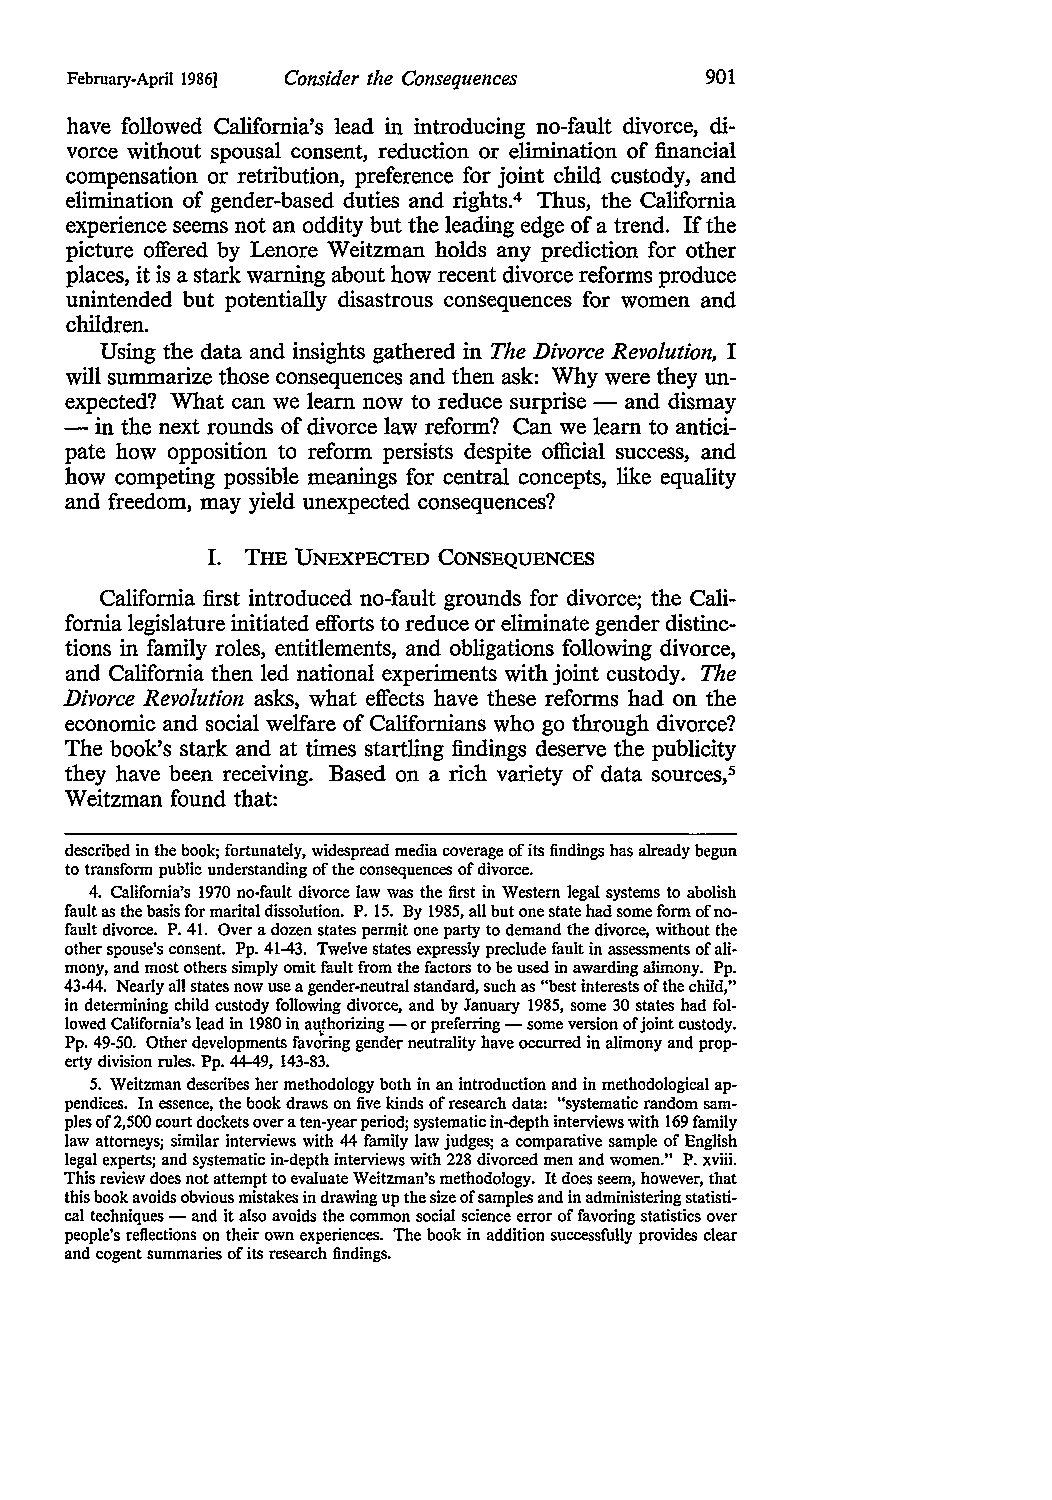
February-April 1986] Consider the Consequences 901
 have followed California's lead in introducing no-fault divorce, di
 vorce without spousal consent, reduction or elimination of financial
 compensation or retribution, preference for joint child custody, and
 elimination of gender-based duties and rights.4 Thus, the California
 experience seems not an oddity but the leading edge of a trend. If the
 picture offered by Lenore Weitzman holds any prediction for other
 places, it is a stark warning about how recent divorce reforms produce
 unintended but potentially disastrous consequences for women and
 children.
 Using the data and insights gathered in The Divorce Revolution, I
 will summarize those consequences and then ask: Why were they un
 expected? What can we learn now to reduce surprise - and dismay
 - in the next rounds of divorce law reform? Can we learn to antici
 pate how opposition to reform persists despite official success, and
 how competing possible meanings for central concepts, like equality
 and freedom, may yield unexpected consequences?
 I. THE UNEXPECTED CONSEQUENCES
 California first introduced no-fault grounds for divorce; the Cali
 fornia legislature initiated efforts to reduce or eliminate gender distinc
 tions in family roles, entitlements, and obligations following divorce,
 and California then led national experiments with joint custody. The
 Divorce Revolution asks, what effects have these reforms had on the
 economic and social welfare of Californians who go through divorce?
 The book's stark and at times startling findings deserve the publicity
 they have been receiving. Based on a rich variety of data sources, 5
 Weitzman found that:
 described in the book; fortunately, widespread media coverage of its findings has already begun
 to transform public understanding of the consequences of divorce.
 4. California's 1970 no-fault divorce law was the first in Western legal systems to abolish
 fault as the basis for marital dissolution. P. 15. By 1985, all but one state had some form of no
 fault divorce. P. 41. Over a dozen states permit one party to demand the divorce, without the
 other spouse's consent. Pp. 41-43. Twelve states expressly preclude fault in assessments of ali
 mony, and most others simply omit fault from the factors to be used in awarding alimony. Pp.
 43-44. Nearly all states now use a gender-neutral standard, such as "best interests of the child,"
 in determining child custody following divorce, and by January 1985, some 30 states had fol
 lowed California's lead in 1980 in authorizing - or preferring - some version of joint custody.
 Pp. 49-50. Other developments favdring gender neutrality have occurred in alimony and prop
 erty division rules. Pp. 44-49, 143-83.
 5. Weitzman describes her methodology both in an introduction and in methodological ap
 pendices. In essence, the book draws on five kinds of research data: "systematic random sam
 ples of2,500 court dockets over a ten-year period; systematic in-depth interviews with 169 family
 law attorneys; similar interviews with 44 family law judges; a comparative sample of English
 legal experts; and systematic in-depth interviews with 228 divorced men and women." P. xviii.
 This review does not attempt to evaluate Weitzman's methodology. It does seem, however, that
 this book avoids obvious mistakes in drawing up the size of samples and in administering statisti
 cal techniques - and it also avoids the common social science error of favoring statistics over
 people's reflections on their own experiences. The book in addition successfully provides clear
 and cogent summaries of its research findings.